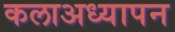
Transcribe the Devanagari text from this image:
कलाअध्यापन